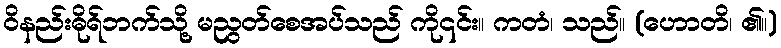
ဝိနည်းဓိုရ်ဘက်သို့ မညွတ်စေအပ်သည် ကို၎င်း။ ကတံ၊ သည်။ (ဟောတိ၊ ၏။)